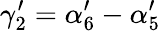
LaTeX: \gamma_{2}^{\prime}=\alpha_{6}^{\prime}-\alpha_{5}^{\prime}